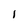
Character: 1